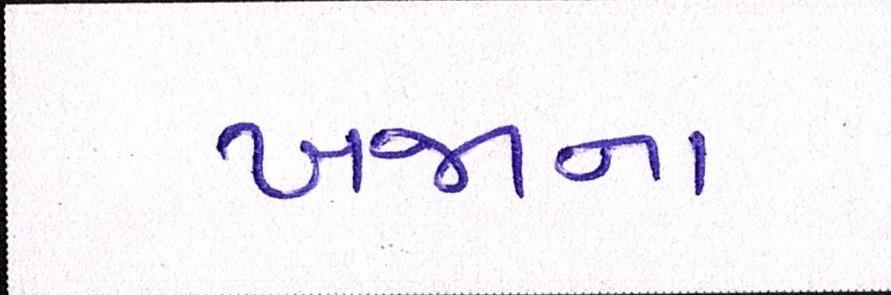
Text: ખજાના